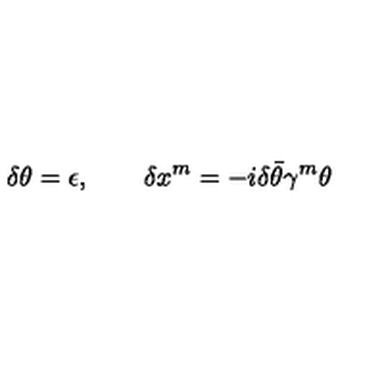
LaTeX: \delta \theta = \epsilon , \qquad \delta x ^ { m } = - i \delta \bar { \theta } \gamma ^ { m } \theta